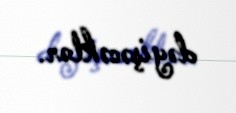
dəyişəcəklər.